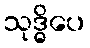
သုဒ္ဓိပေ